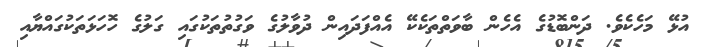
އުޅޭ މަހެކެވެ. ދަންބޮޑުގެ އެހެން ބާވަތްތަކެކޭ އެއްފަދައިން ދުވާލުގެ ވަގުތުތަކުގައި ގަލުގެ ހޮހަޅަތަކުގައްޔާއި